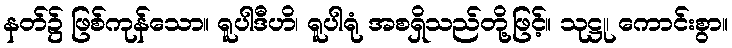
နတ်၌ ဖြစ်ကုန်သော။ ရူပါဒီဟိ၊ ရူပါရုံ အစရှိသည်တို့ဖြင့်။ သုဋ္ဌု၊ ကောင်းစွာ။